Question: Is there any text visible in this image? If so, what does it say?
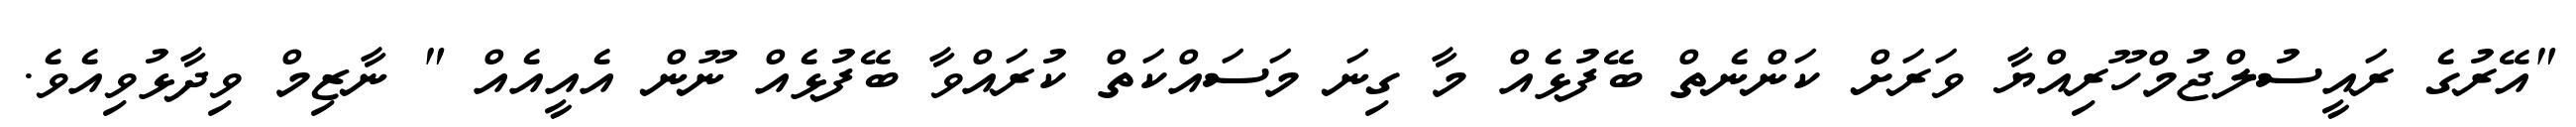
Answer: "އޭރުގެ ރައީސުލްޖުމްހޫރިއްޔާ ވަރަށް ކަންނެތް ބޭފުޅެއް މާ ގިނަ މަސައްކަތް ކުރައްވާ ބޭފުޅެއް ނޫން އެއީއެއް " ނާޒިމް ވިދާޅުވިއެވެ.